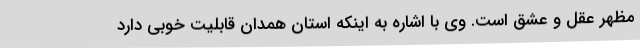
مظهر عقل و عشق است. وی با اشاره به اینکه استان همدان قابلیت خوبی دارد